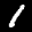
Label: 1